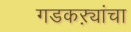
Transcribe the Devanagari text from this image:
गडकऱ्यांचा